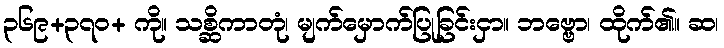
၃၆၉+၃၇၀+ ကို။ သစ္ဆိကာတုံ၊ မျက်မှောက်ပြုခြင်းငှာ။ ဘဗ္ဗော၊ ထိုက်၏။ ဆ၊